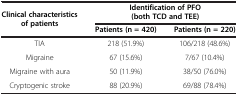
<table><thead><tr><td><b>Clinical characteristics of patients</b></td><td colspan="2"><b>Identification of PFO (both TCD and TEE)</b></td></tr><tr><td><b> </b></td><td><b>Patients (n = 420)</b></td><td><b>Patients (n = 220)</b></td></tr></thead><tbody><tr><td>TIA</td><td>218 (51.9%)</td><td>106/218 (48.6%)</td></tr><tr><td>Migraine</td><td>67 (15.6%)</td><td>7/67 (10.4%)</td></tr><tr><td>Migraine with aura</td><td>50 (11.9%)</td><td>38/50 (76.0%)</td></tr><tr><td>Cryptogenic stroke</td><td>88 (20.9%)</td><td>69/88 (78.4%)</td></tr></tbody></table>